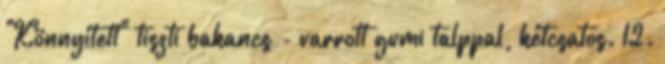
"Könnyített" tiszti bakancs - varrott gumi talppal, kétcsatos. 12.